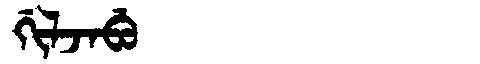
Manchu: ᡤᡳᠯᠵᠠᠪᡠ
Romanization: GILJABU